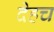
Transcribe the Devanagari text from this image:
देहच